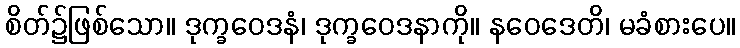
စိတ်၌ဖြစ်သော။ ဒုက္ခဝေဒနံ၊ ဒုက္ခဝေဒနာကို။ နဝေဒေတိ၊ မခံစားပေ။